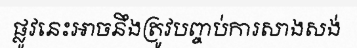
ផ្លូវនេះអាចនឹងត្រូវបញ្ចប់ការសាងសង់